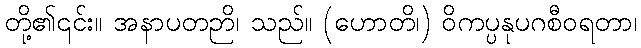
တို့၏၎င်း။ အနာပတဉာိ၊ သည်။ (ဟောတိ၊) ဝိကပ္ပနုပဂစီဝရတာ၊